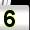
Digit: 5